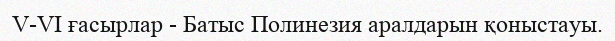
V-VI ғасырлар - Батыс Полинезия аралдарын қоныстауы.